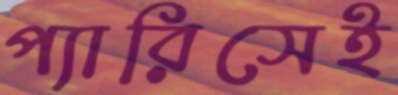
প্যারিসেই